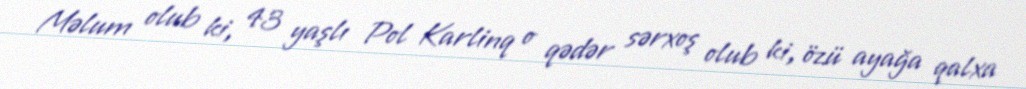
Məlum olub ki, 43 yaşlı Pol Karlinq o qədər sərxoş olub ki, özü ayağa qalxa